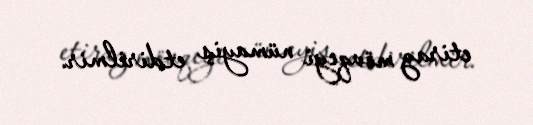
etiraz mövqeyi nümayiş etdirilmir.